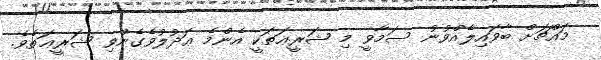
މައްޗަށް ބާވައިލެއްވުނު ސަމާވީ މި ޝަރީޢަތަކީ އެންމެ ޢަދުލުވެގެންވި ޝަރީޢަތެވެ.